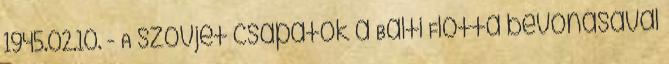
1945.02.10. - A szovjet csapatok a Balti Flotta bevonásával